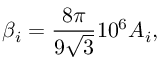
\beta _ { i } = \frac { 8 \pi } { 9 \sqrt { 3 } } 1 0 ^ { 6 } A _ { i } ,